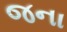
જના